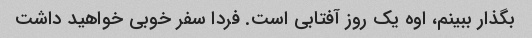
بگذار ببینم، اوه یک روز آفتابی است. فردا سفر خوبی خواهید داشت